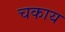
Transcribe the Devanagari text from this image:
चकाय